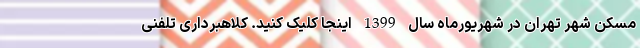
مسکن شهر تهران در شهریورماه سال 1399 اینجا کلیک کنید. کلاهبرداری تلفنی